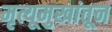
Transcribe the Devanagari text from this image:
मृत्यूमुखांतून